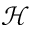
\mathscr { H }